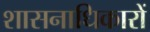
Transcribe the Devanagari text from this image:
शासनाधिकारों